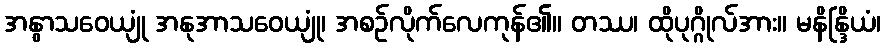
အနွာသဝေယျုံ အနုအာသဝေယျုံ၊ အစဉ်လိုက်လေကုန်၏။ တဿ၊ ထိုပုဂ္ဂိုလ်အား။ မနိန္ဒြိယံ၊